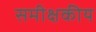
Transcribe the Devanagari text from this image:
समीक्षकीय